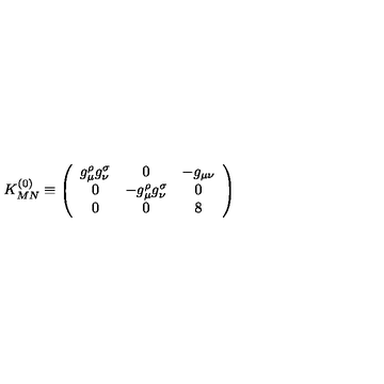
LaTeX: K _ { M N } ^ { ( 0 ) } \equiv \left( \begin{array} { c c c } { g _ { \mu } ^ { \rho } g _ { \nu } ^ { \sigma } } & { 0 } & { - g _ { \mu \nu } } \\ { 0 } & { - g _ { \mu } ^ { \rho } g _ { \nu } ^ { \sigma } } & { 0 } \\ { 0 } & { 0 } & { 8 } \\ \end{array} \right)